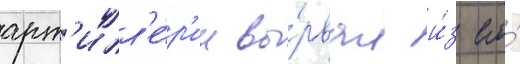
арт'илл'е́р'ии вы́рвал и́з его́